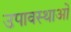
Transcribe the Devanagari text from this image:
उपावस्थाओं